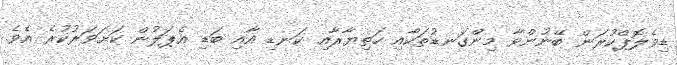
ޑިވެލޮޕްކުރަން ބޭނުންވާ މިންގަނޑުތަކާއި ހަތިޔާރާއި ކަނޑި އާއި ބަޑި އެޕަލުން ކަށަވަރުކުރެ އެވެ.